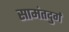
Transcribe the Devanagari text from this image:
सामंतदुर्ग